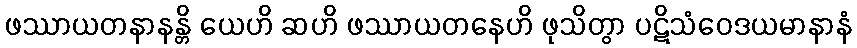
ဖဿာယတနာနန္တိ ယေဟိ ဆဟိ ဖဿာယတနေဟိ ဖုသိတွာ ပဋိသံဝေဒယမာနာနံ